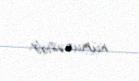
nümunəsidir.